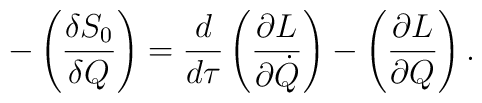
-\left(\frac{\delta S_0}{\delta Q}\right) =\frac{d}{d\tau}\left(\frac{\partial L}{\partial \dot{Q}}\right) -\left(\frac{\partial L}{\partial Q}\right).